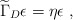
\begin{align*}{\widetilde\Gamma}_D\epsilon=\eta\epsilon~,\end{align*}